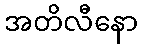
အတိလီနော